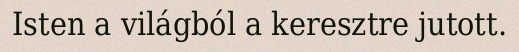
Isten a világból a keresztre jutott.